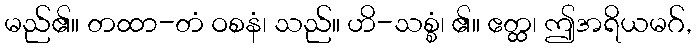
မည်၏။ တထာ-တံ ဝစနံ၊ သည်။ ဟိ-သစ္စံ၊ ၏။ ဧတ္ထ၊ ဤအရိယမဂ်,